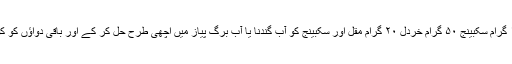
پوست ہلیلہ زرد پوست ہلیلہ کابلی، مقل ازرَق ہر ایک ۵۰ گرام تربد مجوف ۱۰۰ گرام سکبینج ۵۰ گرام خردل ۲۰ گرام مقل اور سکبینج کو آب گندنا یا آبِ برگ پیاز میں اچھی طرح حل کر کے اور باقی دواؤں کو کوٹ چھان کر روغنِ زرد میں بریاں کر کے ملائیں اور بقدر نخود گولیاں بنائیں۔